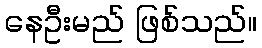
နေဦးမည် ဖြစ်သည်။